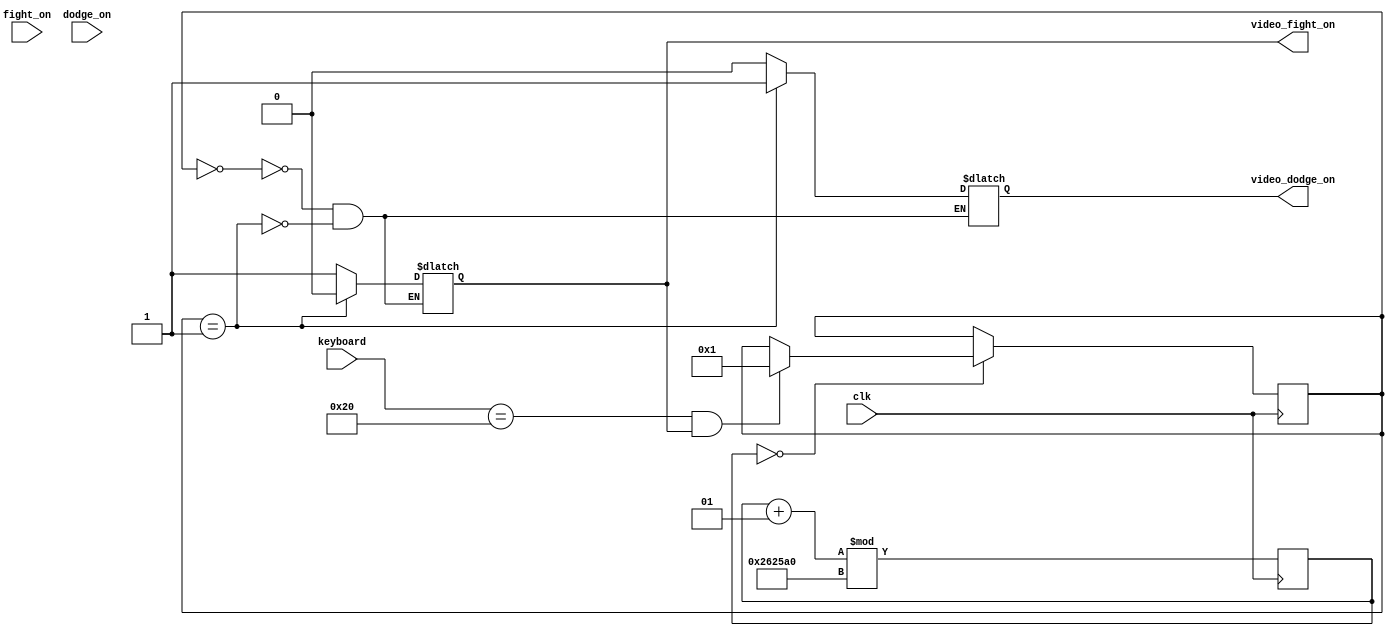
`timescale 1ns / 1ps

module attack_state_machine(
        input clk, 
        input [7:0]keyboard,
        input fight_on, dodge_on,
        //input enter_fight_state,
        output reg video_fight_on,video_dodge_on //output [1:0] state
    );
    integer state = 0;
    integer state_divider = 0;
    
	always @ (posedge clk) begin
	       state_divider = (state_divider + 1) % 2500000;
	end
	
    always @(posedge clk) 
        begin
            if (state_divider==0) 
                begin
                    // space key
                    if (keyboard  == 8'h20 && video_fight_on == 1) 
                        begin
                            state = 1;
                        end  
                end
        end
    
    always @*
        begin
           case (state)
               0: begin 
                   video_fight_on = 1; 
                   video_dodge_on =0; 
               end
               1: begin 
                   video_fight_on = 0; 
                   video_dodge_on =1; 
               end
           endcase
        end
    
endmodule